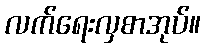
လက်ရေးလှစာအုပ်။